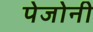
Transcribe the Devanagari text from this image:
पेजोनी